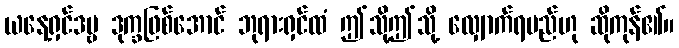
ယနေ့ရှင်ဒဗ္ဗ ဒုက္ခဖြစ်အောင် ဘုရားရှင်ထံ ဤသို့ဤသို့ လျှောက်ရမည်ဟု ဆိုကုန်၏။